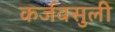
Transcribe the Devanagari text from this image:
कर्जवसुली